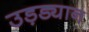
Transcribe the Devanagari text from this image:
उड़ड्यान